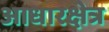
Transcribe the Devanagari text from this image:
आधारक्षेत्र